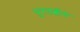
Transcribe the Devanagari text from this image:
पुरतत्वीय